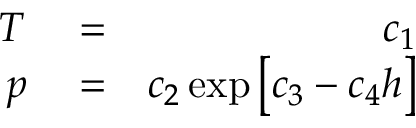
\begin{array} { r l r } { T } & { { } = } & { c _ { 1 } } \\ { p } & { { } = } & { c _ { 2 } \exp \big [ c _ { 3 } - c _ { 4 } h \big ] } \end{array}